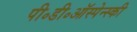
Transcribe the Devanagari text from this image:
पी॰डी॰ऑस्पेन्स्की